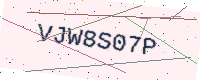
Text: VJW8S07P